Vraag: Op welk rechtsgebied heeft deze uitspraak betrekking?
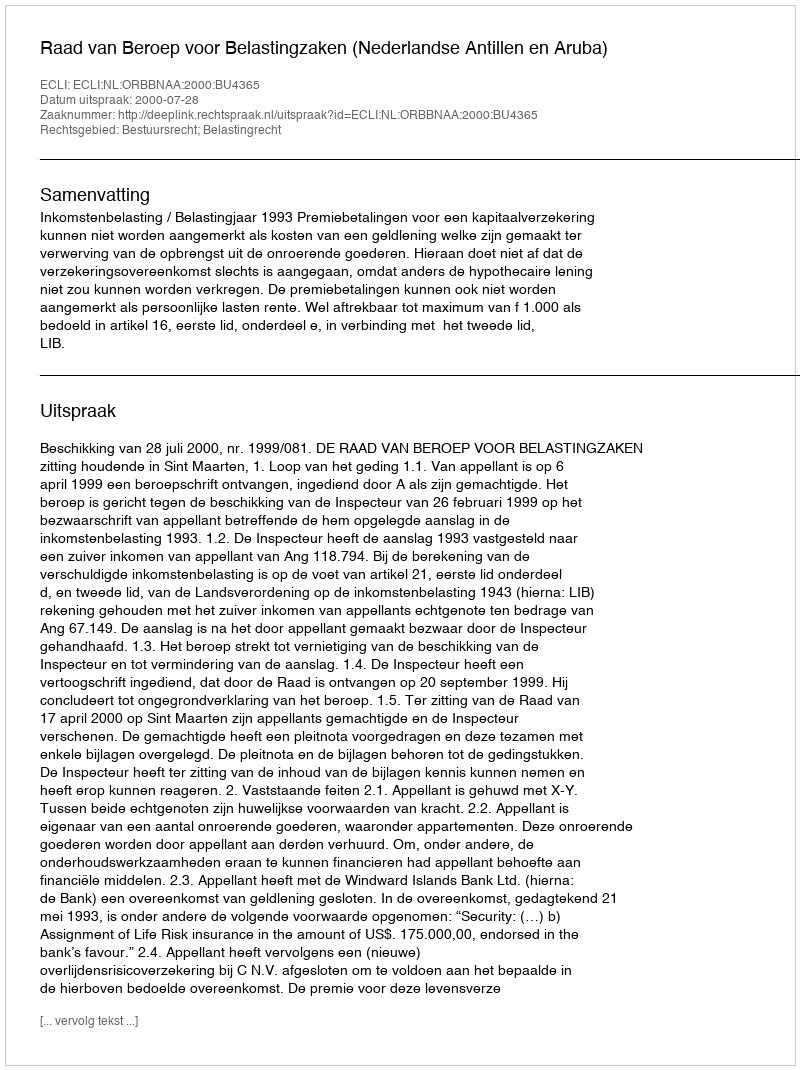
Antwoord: Bestuursrecht; Belastingrecht